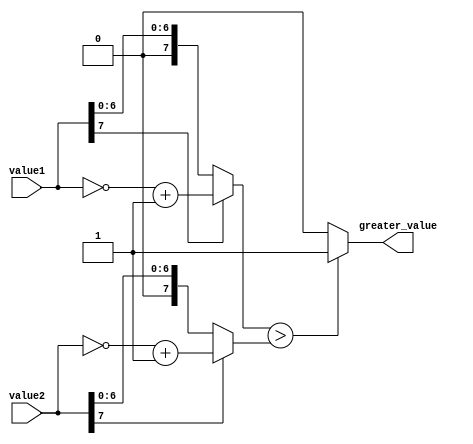
module magnitude_comparator(
  input [7:0] value1,
  input [7:0] value2,
  output reg greater_value // 1 if value1 > value2, 0 if value1 < value2
);

reg [7:0] abs_value1, abs_value2;

always @(*) begin
  if(value1[7] == 1) // if value1 is negative
    abs_value1 = ~value1 + 1; // take 2's complement to get absolute value
  else
    abs_value1 = value1; // assign as is if positive
  if(value2[7] == 1) // if value2 is negative
    abs_value2 = ~value2 + 1; // take 2's complement to get absolute value
  else
    abs_value2 = value2; // assign as is if positive
end

always @(*) begin
  if(abs_value1 > abs_value2)
    greater_value = 1;
  else
    greater_value = 0;
end

endmodule